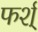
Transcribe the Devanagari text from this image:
फर्श्